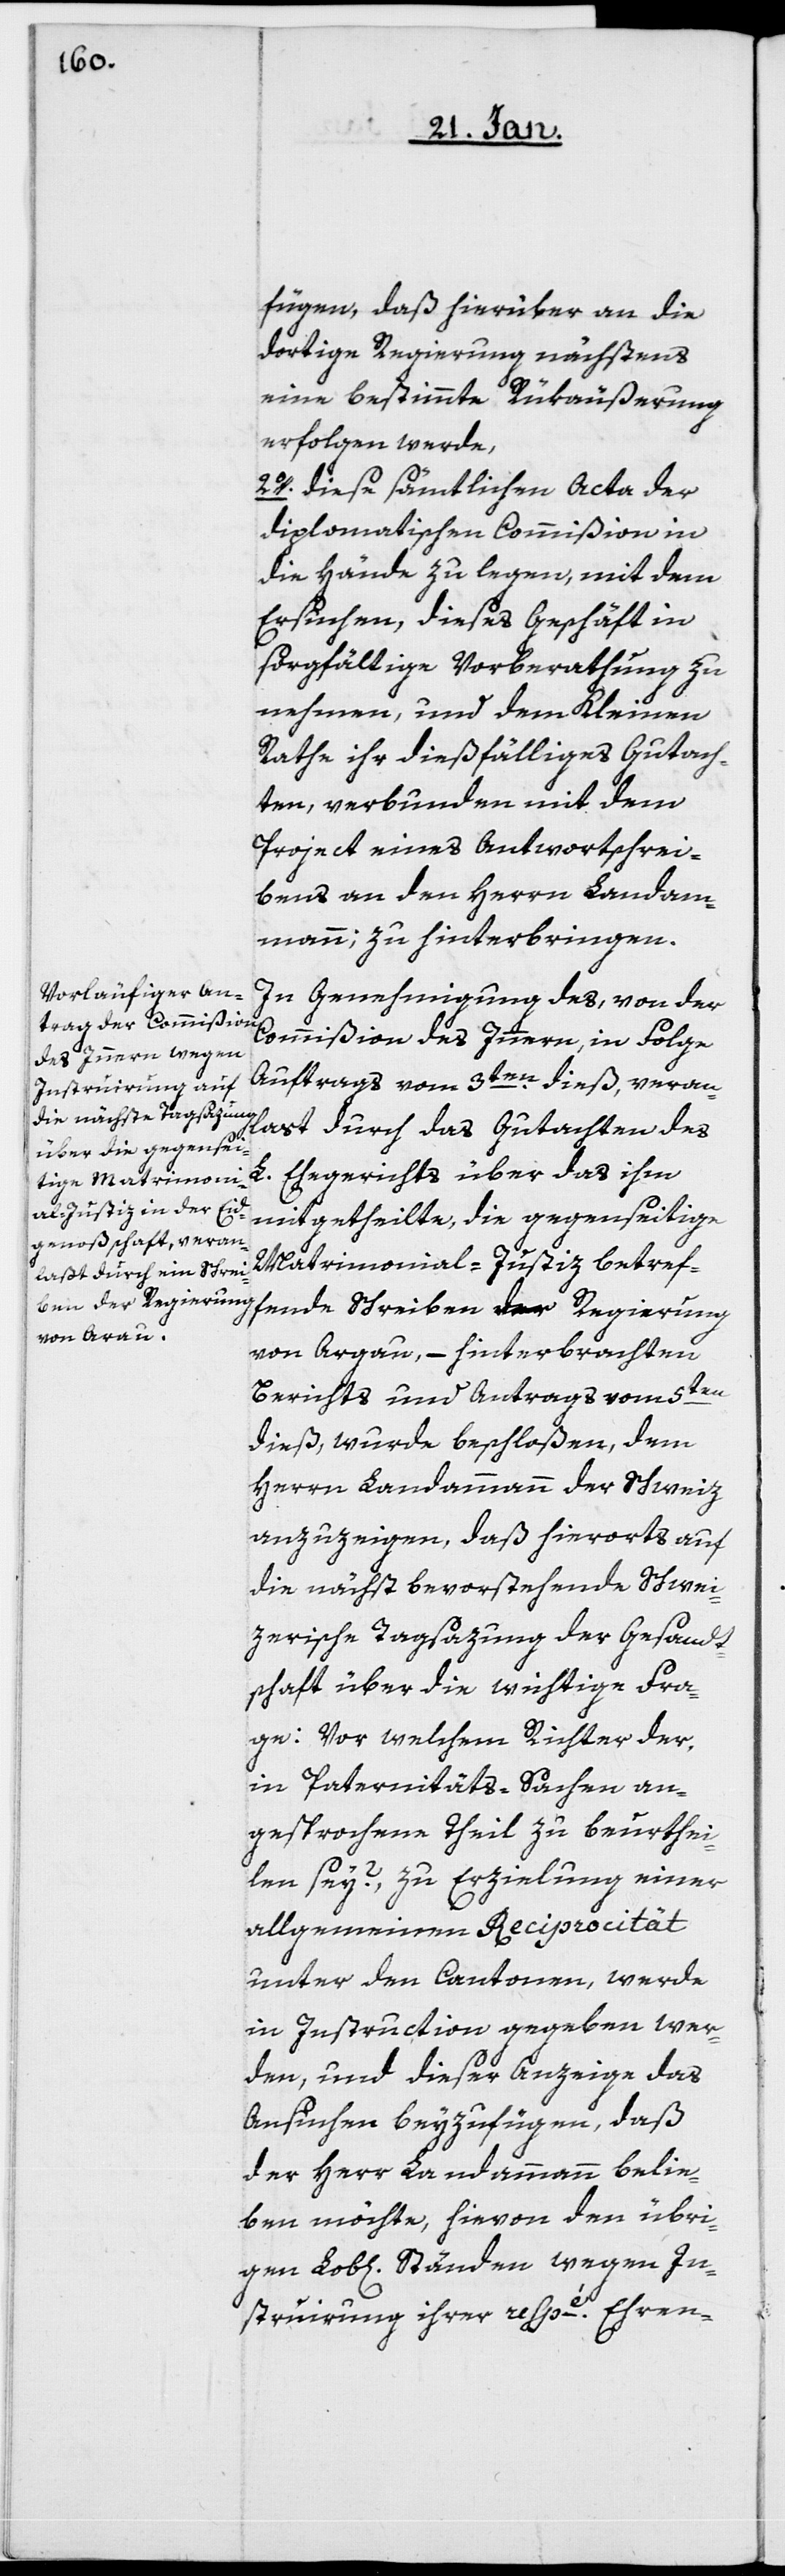
fügen, daß hierüber an die
dortige Regierung nächstens
eine bestimmte Rükäußerung
erfolgen werde,
2o. diese sämtlichen Acta der
diplomatischen Commißion in
die Hände zu legen, mit dem
Ersuchen, dieses Geschäft in
sorgfältige Vorberathung zu
nehmen, und dem Kleinen
Rathe ihr dießfälliges Gutach¬
ten, verbunden mit dem
Project eines Antwortschrei¬
bens an den Herrn Landam¬
mann; zu hinterbringen.
In Genehmigung des, von der
Commißion des Innern, in Folge
Auftrags vom 3ten. dieß, veran¬
laßt durch das Gutachten des
L. Ehegerichts über das ihm
mitgetheilte, die gegenseitige
Matrimonial-Justiz betref¬
fende Schreiben der Regierung
von Argau, – hinterbrachten
Berichts und Antrags vom 5ten
dieß, wurde beschloßen, dem
Herrn Landammann der Schweiz
anzuzeigen, daß hierorts auf
die nächst bevorstehende Schwei¬
zerische Tagsazung der Gesandt¬
schaft über die wichtige Fra¬
ge: Vor welchem Richter der,
in Paternitäts-Sachen an¬
gesprochene Theil zu beurthei¬
len sey?, zu Erzielung einer
allgemeinen Reciprocität
unter den Cantonen, werde
in Instruction gegeben wer¬
den, und dieser Anzeige das
Ansuchen beyzufügen, daß
der Herr Landammann belie¬
ben möchte, hievon den übri¬
gen Lob[lichen] Ständen wegen In¬
struierung ihrer respé. Ehren-